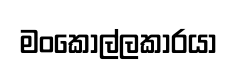
මංකොල්ලකාරයා